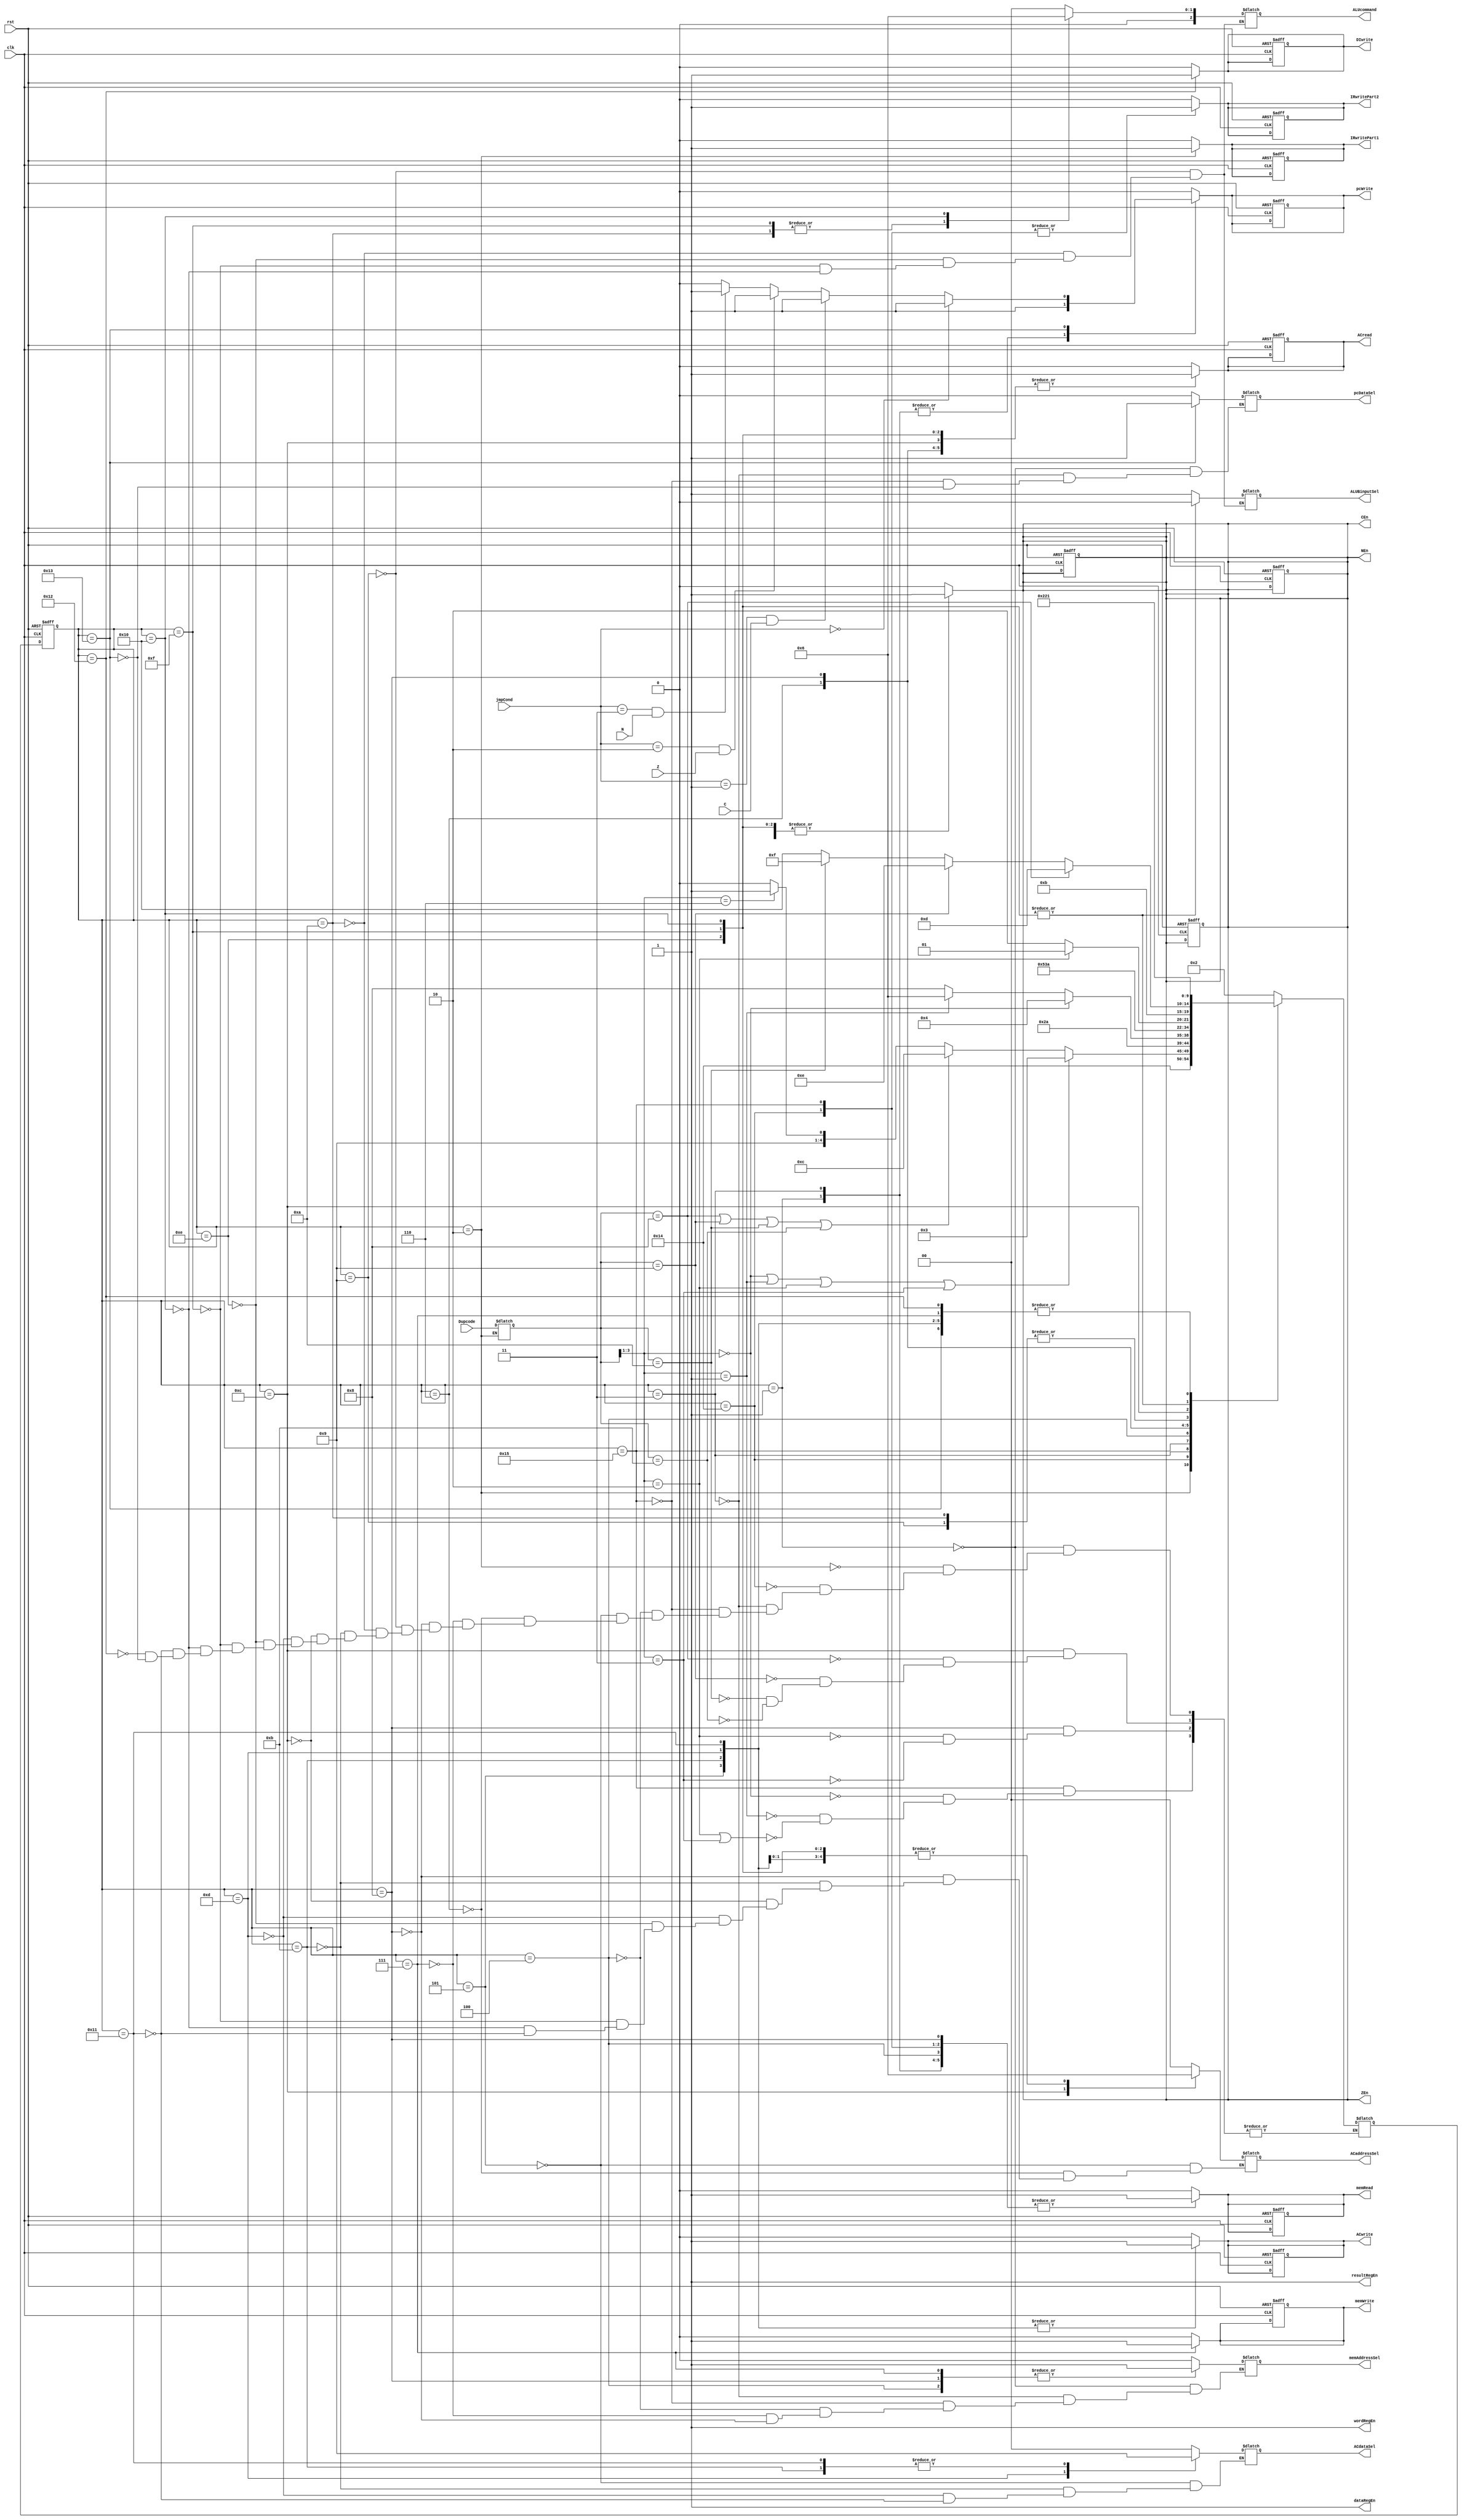
// resultRegEn      dataRegEn      wordRegEn   
// CEn   ZEn    NEn



module controller(clk, rst, Dupcode, pcWrite, memAddressSel, pcDataSel, ACdataSel, memRead, ACwrite, ACread, memWrite, ALUcommand,
				 IRwritePart1, IRwritePart2,
				ALUBinputSel, DIwrite, ACaddressSel, 
				resultRegEn, dataRegEn, wordRegEn, CEn, ZEn, NEn, C, Z, N, jmpCond);
	
	input clk, rst;
	input [3:0] Dupcode;
	input [1:0] jmpCond;
	reg [3:0] upcode;
	output reg pcWrite, memAddressSel, pcDataSel, memRead, ACwrite, ACread, memWrite, IRwritePart1, IRwritePart2, DIwrite;
	output resultRegEn, dataRegEn, wordRegEn;
	output reg CEn, ZEn, NEn;
	assign resultRegEn = 1, dataRegEn = 1, wordRegEn = 1; 
	input C, Z, N;
	output reg [1:0] ACdataSel;
	output reg [1:0] ACaddressSel;
	output reg ALUBinputSel;
	output reg [2:0] ALUcommand;
	parameter [4:0] fakeState = 5'd20, fakeState2 = 5'd21, s1 = 5'd1, s2 = 5'd2, sAddress = 5'd3, sLDA1 = 5'd4, sLDA2 = 5'd5, sSTA1 = 5'd6, 
		sSTA2 = 5'd7, sA = 5'd8, sADA = 5'd9, sANA = 5'd10, SAA = 5'd11, sACCUMULATOR = 5'd12, sMVR = 5'd13, 
		sADR = 5'd14, sANR = 5'd15, sORR = 5'd16, sOAA = 5'd17, sLDI = 5'd18, sJMP = 5'd19;

		//sA is the first state of ADA/ANA branch and SAA is the last state of this branch
		//sOAA is the last state of OOR/ANR/ADR branch
		

	reg [4:0] ps = 0, ns;
	always @(ps) begin
		{pcWrite, memRead, ACwrite, ACread, memWrite, IRwritePart1, IRwritePart2, DIwrite, CEn, ZEn, NEn} <= 20'b0;
		case(ps)
			s1: begin pcWrite <= 1; memRead <= 1 ; pcDataSel <= 0; memAddressSel <= 0; end
			s2: begin IRwritePart1 <= 1; upcode <= Dupcode; end
			fakeState: begin IRwritePart2 <= 1; memRead <= 1; end
			sAddress: begin pcWrite <= 1; memRead <= 1; pcDataSel <= 0; memAddressSel <= 0; end
			fakeState2: begin memRead <= 1; pcDataSel <= 0; memAddressSel <= 0; IRwritePart2 <= 1; end
			sLDA1: begin memAddressSel <= 1; memRead <= 1; end
			sLDA2: begin ACdataSel <= 0; ACwrite <= 1; ACaddressSel <= 0; end
			sSTA1: begin ACaddressSel <= 0; ACread <= 1; end
			sSTA2: begin  memWrite<= 1; memAddressSel <= 1; end
			sA: begin ACaddressSel<= 0; ACread <= 1; memRead <= 1; memAddressSel <= 1; end
			sADA: begin ALUBinputSel <= 1; ALUcommand <= 0; CEn <= 1; ZEn <= 1; NEn <= 1; end  //ADD C
			sANA: begin ALUBinputSel <= 1; ALUcommand <= 1; CEn <= 1; ZEn <= 1; NEn <= 1; end  //&
			SAA: begin ACwrite <= 1; ACdataSel <= 1; ACaddressSel <= 0; end
			
			// ACCUMULATOR INSTRUCTIONS

			sACCUMULATOR: begin ACaddressSel <= 1; ACread <= 1; end
			sMVR: begin ACaddressSel <= 2; ACdataSel <= 2; ACwrite <= 1; end
			sADR: begin ALUBinputSel <= 0; ACread <= 1; ACaddressSel <= 2; ALUcommand <= 0; CEn <= 1; ZEn <= 1; NEn <= 1; end 
			sANR: begin ALUBinputSel <= 0; ACread <= 1; ACaddressSel <= 2; ALUcommand <= 1; CEn <= 1; ZEn <= 1; NEn <= 1; end
			sORR: begin ALUBinputSel <= 0; ACread <= 1; ACaddressSel <= 2; ALUcommand <= 2; CEn <= 1; ZEn <= 1; NEn <= 1; end
			sOAA: begin ACwrite <= 1; ACaddressSel <= 2; ACdataSel <= 1; end

			sLDI: begin DIwrite <= 1; end
			sJMP: begin pcDataSel <= 1; 
				if( jmpCond == 2'b00) pcWrite <= 1;
				else if(jmpCond == 2'b01 && C == 1) pcWrite <= 1;
				else if(jmpCond == 2'b10 && Z == 1 ) pcWrite <= 1;
				else if(jmpCond == 2'b11 && N == 1) pcWrite <= 1;
				else pcWrite <=0;
			end
				
			default: ps <= ps;
		endcase		
	end
	
	always @(ps) begin
		case(ps)
			s1: ns <= s2;
			s2: ns <= fakeState;
			fakeState: begin
				if(upcode[3:1] == 3'b000 || upcode[3:1] == 3'b001 || 
				   upcode[3:1] == 3'b010 || upcode[3:1] == 3'b011) ns <= sAddress;
				else if(upcode[3:0] == 4'b1000 || upcode[3:0] == 4'b1001 || 
					upcode[3:0] == 4'b1010 || upcode[3:0] == 4'b1011 ) ns <= sACCUMULATOR;
				else if(upcode[3:1] == 3'b110) ns <= sJMP;
				else ns <= sLDI;
			end
			sAddress: ns <= fakeState2;
			fakeState2: begin
				if (upcode[3:1] == 3'b000) ns <= sLDA1;
				else if( upcode[3:1] == 3'b001) ns <= sSTA1;
				else if( upcode[3:1] == 3'b010 || upcode[3:1] == 3'b011) ns <= sA;
				else ns <= ns;
			end
			sLDA1: ns <= sLDA2;
			sLDA2: ns <= s1;
			sSTA1: ns <= sSTA2;
			sSTA2: ns <= s1;
			sA: begin
				if( upcode[3:1] == 3'b010) ns <= sADA;
				else if (upcode[3:1] == 3'b011) ns <= sANA;
				else ns <= ns;
			end
			sADA: ns <= SAA;
			sANA: ns <= SAA;
			SAA: ns <= s1;

			sACCUMULATOR: begin
				if (upcode[3:0] == 4'b1000) ns <= sMVR;
				else if (upcode[3:0] == 4'b1001) ns	<= sADR;
				else if(upcode[3:0] == 4'b1010) ns <= sANR;
				else if(upcode[3:0] == 4'b1011) ns <= sORR;
				else ns <= ns;
			end

			sMVR: ns <= s1;
			sADR: ns <= sOAA;
			sANR: ns <= sOAA;
			sORR: ns <= sOAA;
			sOAA: ns <= s1;
			sLDI: ns <= s1;
			sJMP: ns <= s1;
			default: ns <= ns;
		endcase		
	end
	always @(posedge clk or posedge rst) begin
		if (rst) begin 
			ps <= s1;
			{pcWrite, memRead, ACwrite, ACread, memWrite, IRwritePart1, IRwritePart2, DIwrite, CEn, ZEn, NEn} <= 20'b0;
		end
		else ps <= ns;
	end


endmodule